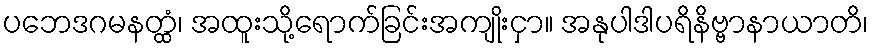
ပဘေဒဂမနတ္ထံ၊ အထူးသို့ရောက်ခြင်းအကျိုးငှာ။ အနုပါဒါပရိနိဗ္ဗာနာယာတိ၊